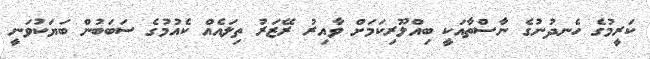
ކަރީމުގެ ހެނދުނުގެ ނާސްތާއަކީ ބިއްލޫރިކަމަށް ވާއިރު ރޭޒަރު ތިލައެއް ކެއުމުގެ ސަބަބުން ބަޔަކުވަނީ